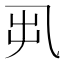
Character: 𠃨